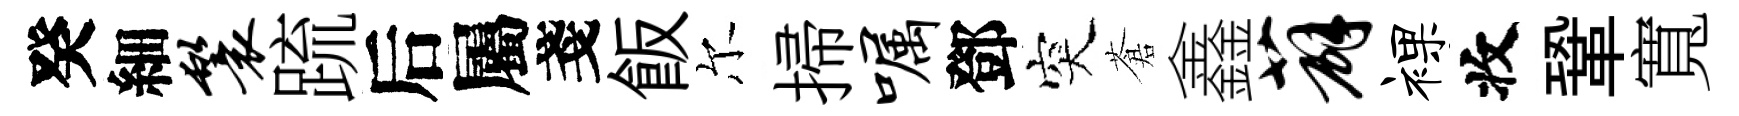
癸細鬟䟽后屬戔飯尔掃嘱鄧突蒼鑫薜裸收鞏寬